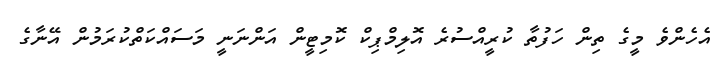
އެހެންވެ މީގެ ތިން ހަފުތާ ކުރީއްސުރެ އޮލިމްޕިކް ކޮމިޓީން އަންނަނީ މަސައްކަތްކުރަމުން އޭނާގެ